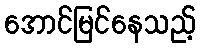
အောင်မြင်နေသည့်